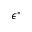
\epsilon ^ { * }